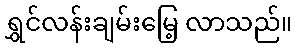
ရွှင်လန်းချမ်းမြေ့ လာသည်။